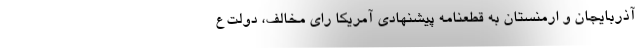
آذربایجان و ارمنستان به قطعنامه پیشنهادی آمریکا رای مخالف، دولت ع